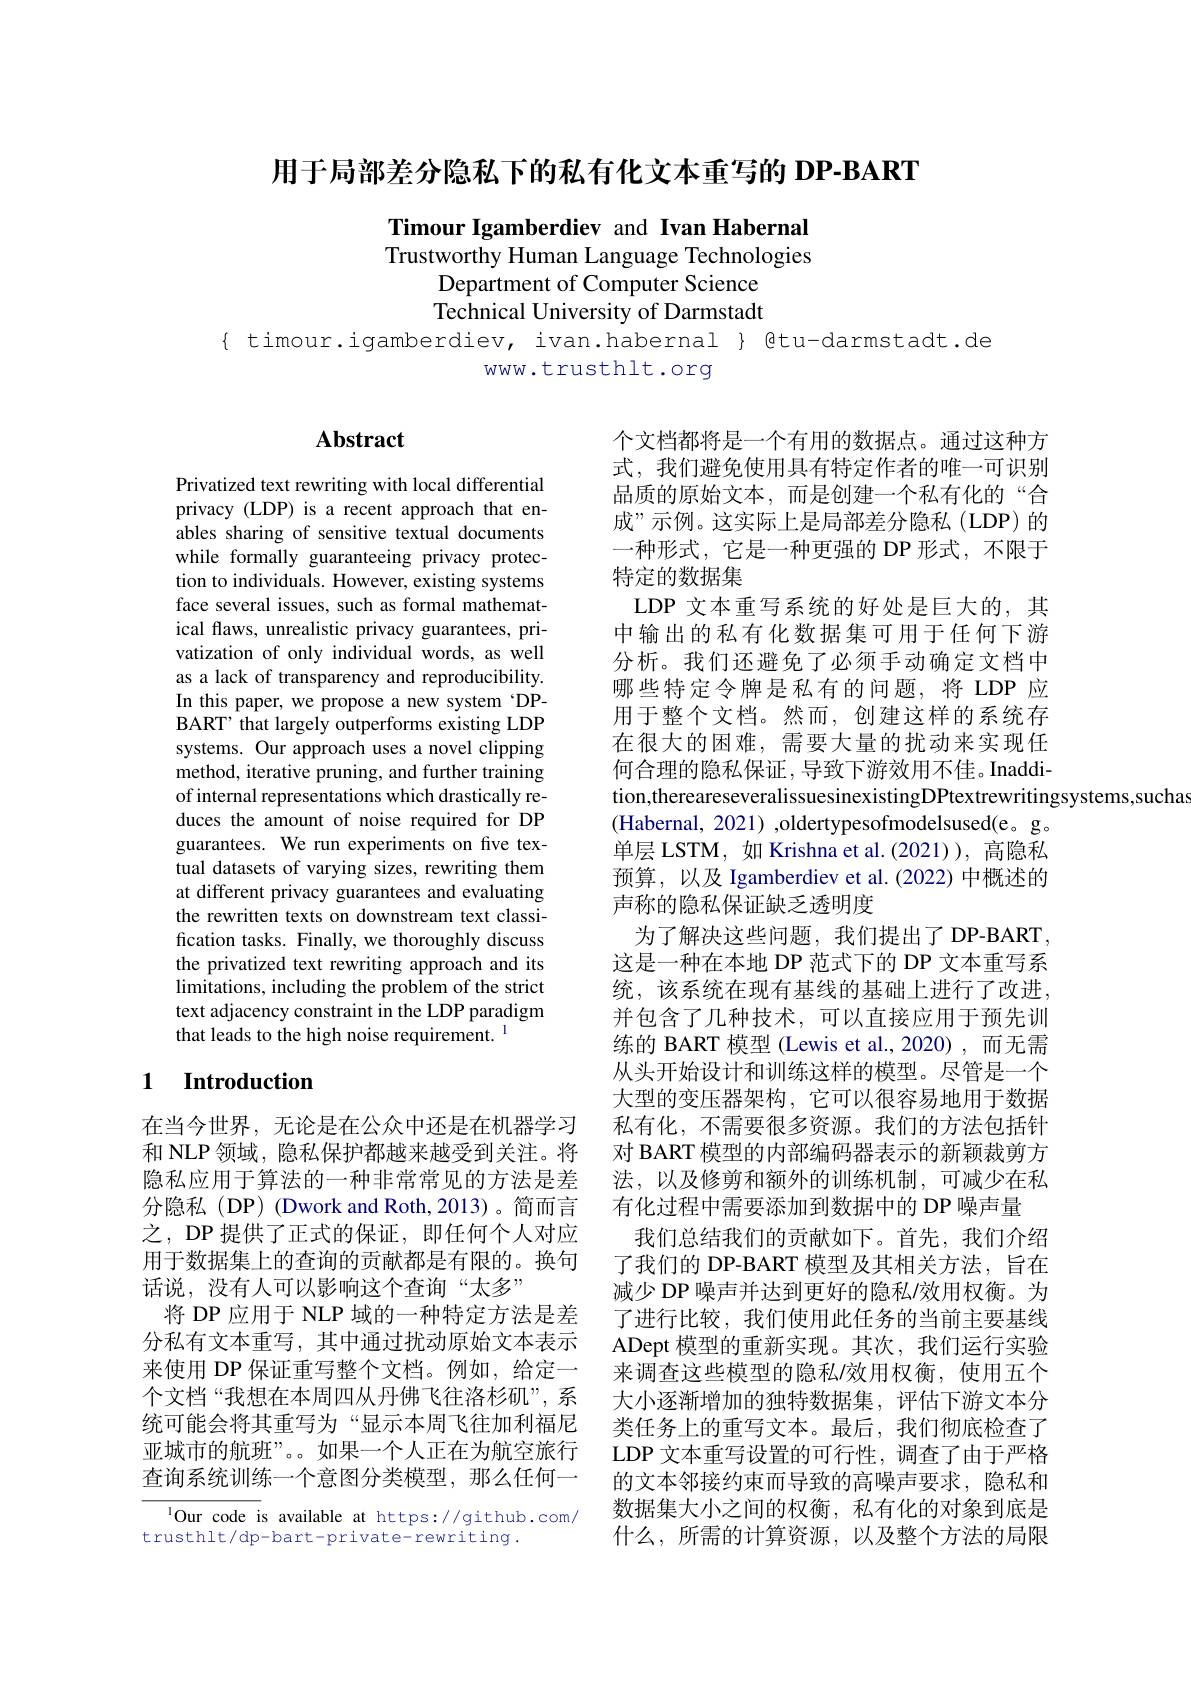
用于局部差分隐私下的私有化文本重写的 DP-BART

Timour Igamberdiev and Ivan Habernal Trustworthy Human Language Technologies
Department of Computer Science Technical University of Darmstadt

{ timour.igamberdiev, ivan.habernal } @tu-darmstadt.de
www.trusthlt.org

## Abstract

Privatized text rewriting with local differential privacy (LDP) is a recent approach that enables sharing of sensitive textual documents while formally guaranteeing privacy protection to individuals. However, existing systems face several issues, such as formal mathematical faws, unrealistic privacy guarantees, privatization of only individual words, as well as a lack of transparency and reproducibility. In this paper, we propose a new system 'DPBART’ that largely outperforms existing LDP systems. Our approach uses a novel clipping method, iterative pruning, and further training of internal representations which drastically reduces the amount of noise required for DP guarantees. We run experiments on five textual datasets of varying sizes, rewriting them at different privacy guarantees and evaluating the rewritten texts on downstream text classification tasks. Finally, we thoroughly discuss the privatized text rewriting approach and its limitations, including the problem of the strict text adjacency constraint in the LDP paradigm that leads to the high noise requirement. $^{1}$

个文档都将是一个有用的数据点。通过这种方式，我们避免使用具有特定作者的唯一可识别品质的原始文本，而是创建一个私有化的“合成”示例。这实际上是局部差分隐私(LDP)的一种形式，它是一种更强的 DP 形式，不限于特定的数据集
LDP 文本重写系统的好处是巨大的，其中输出的私有化数据集可用于任何下游分析。我们还避免了必须手动确定文档中哪些特定令牌是私有的问题，将 LDP 应用于整个文档。然而，创建这样的系统存在很大的困难，需要大量的扰动来实现任何合理的隐私保证，导致下游效用不佳。Inaddition,thereareseveralissuesinexistingDPtextrewritingsystems,sucha
(Habernal, 2021) ,oldertypesofmodelsused(e。g。单层 LSTM, 如 Krishna et al.(2021)), 高隐私预算，以及 Igamberdiev et al.(2022) 中概述的声称的隐私保证缺乏透明度
为了解决这些问题，我们提出了DP-BART, 这是一种在本地 DP 范式下的 DP 文本重写系统，该系统在现有基线的基础上进行了改进， 并包含了几种技术，可以直接应用于预先训练的 BART 模型 (Lewis et al.,2020) ,而无需从头开始设计和训练这样的模型。尽管是一个大型的变压器架构，它可以很容易地用于数据私有化，不需要很多资源。我们的方法包括针对 BART 模型的内部编码器表示的新颖裁剪方法，以及修剪和额外的训练机制，可减少在私有化过程中需要添加到数据中的 DP 噪声量
我们总结我们的贡献如下。首先，我们介绍了我们的 DP-BART 模型及其相关方法，旨在减少 DP 噪声并达到更好的隐私/效用权衡。为了进行比较，我们使用此任务的当前主要基线ADept 模型的重新实现。其次，我们运行实验来调查这些模型的隐私/效用权衡，使用五个大小逐渐增加的独特数据集，评估下游文本分类任务上的重写文本。最后，我们彻底检查了LDP 文本重写设置的可行性，调查了由于严格的文本邻接约束而导致的高噪声要求，隐私和数据集大小之间的权衡，私有化的对象到底是什么，所需的计算资源，以及整个方法的局限

## 1 Introduction

在当今世界，无论是在公众中还是在机器学习和 NLP 领域，隐私保护都越来越受到关注。将隐私应用于算法的一种非常常见的方法是差分隐私(DP) (Dwork and Roth,2013)。简而言之，DP提供了正式的保证，即任何个人对应用于数据集上的查询的贡献都是有限的。换句话说，没有人可以影响这个查询“太多”
将 DP 应用于 NLP 域的一种特定方法是差分私有文本重写，其中通过扰动原始文本表示来使用 DP 保证重写整个文档。例如，给定一个文档“我想在本周四从丹佛飞往洛杉矶”,系统可能会将其重写为“显示本周飞往加利福尼亚城市的航班”。。如果一个人正在为航空旅行查询系统训练一个意图分类模型，那么任何一

$^{1}$Our code is available at https://github.com/
trusthlt/dp-bart-private-rewriting.